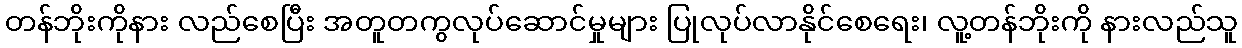
တန်ဘိုးကိုနား လည်စေပြီး အတူတကွလုပ်ဆောင်မှုများ ပြုလုပ်လာနိုင်စေရေး၊ လူ့တန်ဘိုးကို နားလည်သူ